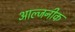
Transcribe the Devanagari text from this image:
आल्जनीक